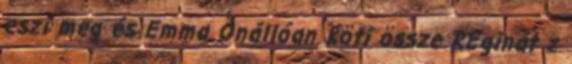
eszi meg és Emma Önállóan köti össze REginát z